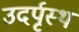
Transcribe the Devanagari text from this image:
उदर्पृस्थ